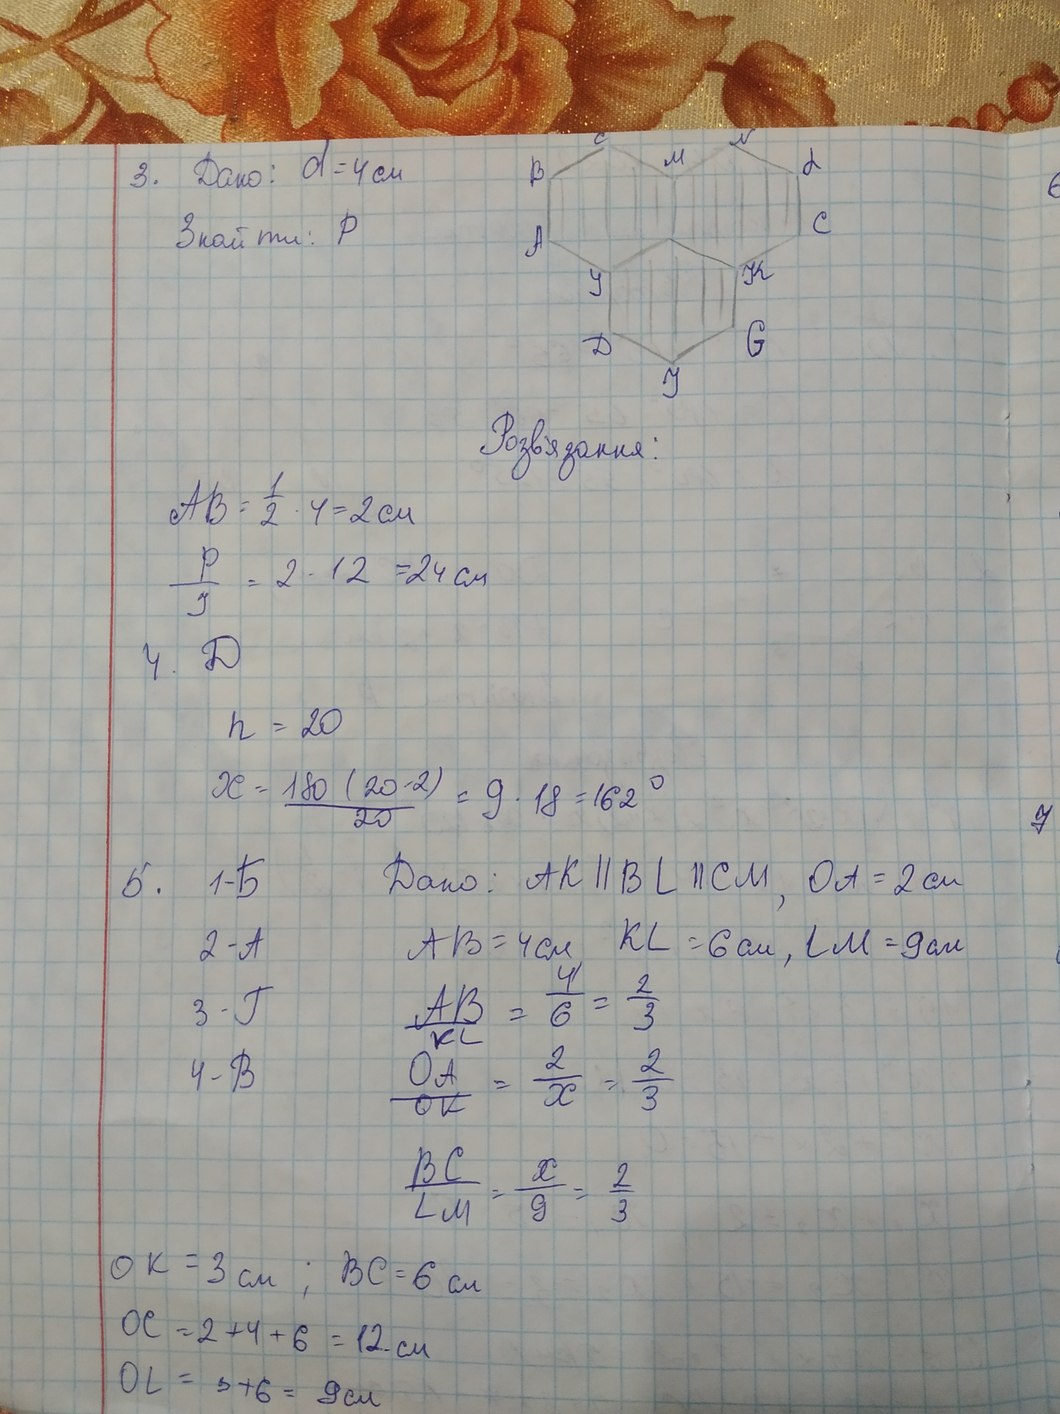
3. Дано: d = 4 см
Знайти: P
Розв'язання:
AB = \frac{1}{2} \cdot 4 = 2 см
P/І = 2 \cdot 12 = 24 \text{ cm}
4. Д
n = 20
x = \frac{180(20-2)}{20} = 9 \cdot 18 = 162°
7
Дано: AK || BL || CM, OA = 2 см
5. 1-Б
AB = 4 см, KL = 6 см, LM = 9 см
2 - A
\frac{AB}{КС'} = \frac{4}{6} = \frac{2}{3}
3 - Г
\frac{OA}{OK} = \frac{2}{x} = \frac{2}{3}
4-B
\frac{BC}{LM} = \frac{x}{9} = \frac{2}{3}
OK = 3 см ; BC = 6 см
OC = 2 + 4 + 6 = 12 см
OL = 3 + 6 = 9 см